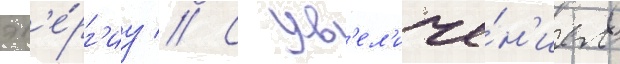
эн'е́рг'иу // С ув'ел'иче́н'ием